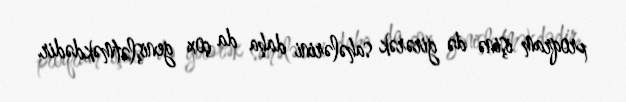
proqram işinə də girərək sahələrini daha da çox genişlətməkdədir.